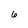
Character: 6